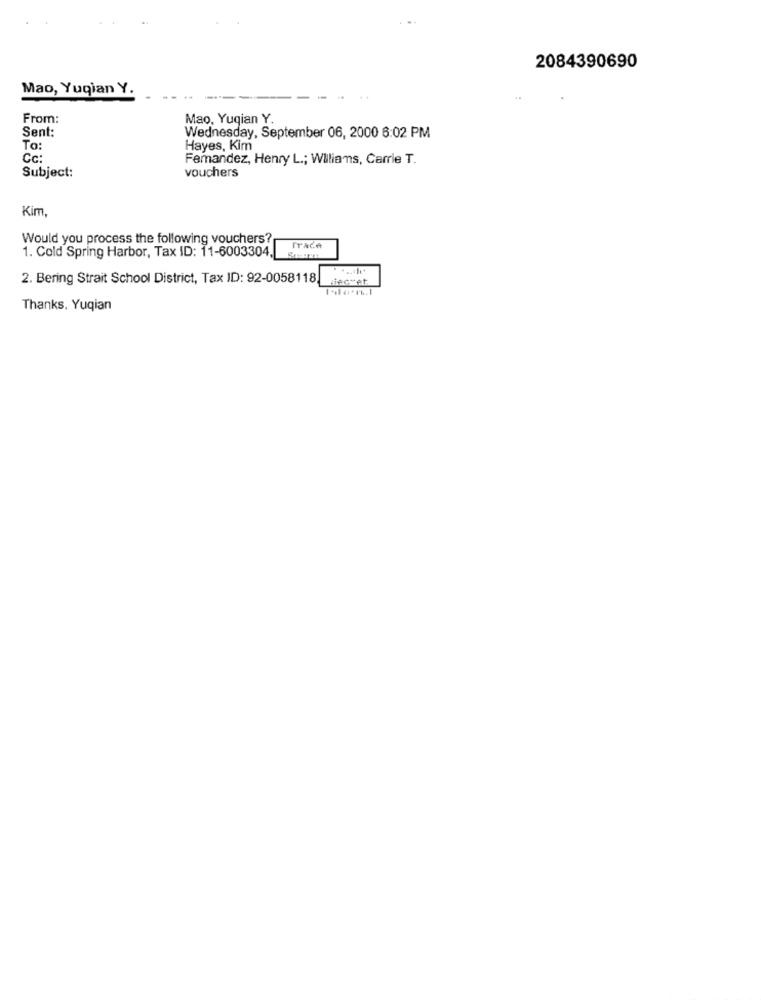
2084390690
Mao, Yuqian Y.
From:
Mao, Yuqian Y.
Sent:
Wednesday, September 06, 2000 6:02 PM
To:
Hayes, Kim
Cc:
Femandez, Henry L .; Williams, Carrie T.
Subject:
vouchers
Kim,
Would you process the following vouchers?
1. Cold Spring Harbor, Tax ID: 11-6003304.
Trace
2. Bering Strait School District, Tax ID: 92-0058118,
Wiec+et
Thanks. Yuqian